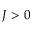
J > 0